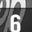
Digit: 6